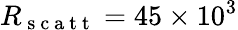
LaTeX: R_{\mathrm{~s~c~a~t~t~}}=45\times 10^{3}